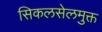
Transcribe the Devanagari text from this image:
सिकलसेलमुक्त